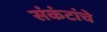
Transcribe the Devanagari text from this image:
संकंटांचे